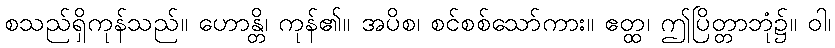
စသည်ရှိကုန်သည်။ ဟောန္တိ၊ ကုန်၏။ အပိစ၊ စင်စစ်သော်ကား။ ဧတ္ထ၊ ဤပြိတ္တာဘုံ၌။ ဝါ၊